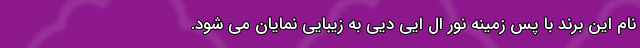
نام این برند با پس زمینه نور ال ایی دیی به زیبایی نمایان می شود.